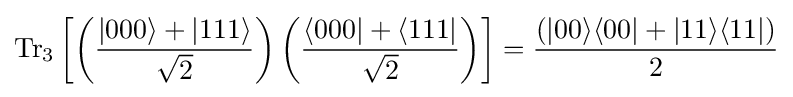
\operatorname {Tr} _{3}\left[\left({\frac {|000\rangle +|111\rangle }{\sqrt {2}}}\right)\left({\frac {\langle 000|+\langle 111|}{\sqrt {2}}}\right)\right]={\frac {(|00\rangle \langle 00|+|11\rangle \langle 11|)}{2}}